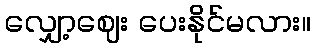
လျှော့ဈေး ပေးနိုင်မလား။